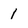
Character: 1